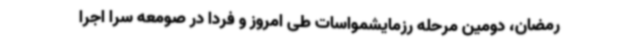
رمضان، دومین مرحله رزمایشمواسات طی امروز و فردا در صومعه سرا اجرا